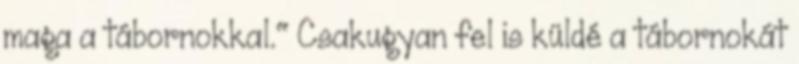
maga a tábornokkal." Csakugyan fel is küldé a tábornokát